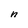
Character: n